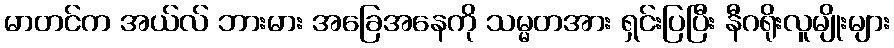
မာတင်က အယ်လ် ဘားမား အခြေအနေကို သမ္မတအား ရှင်းပြပြီး နီဂရိုးလူမျိုးများ